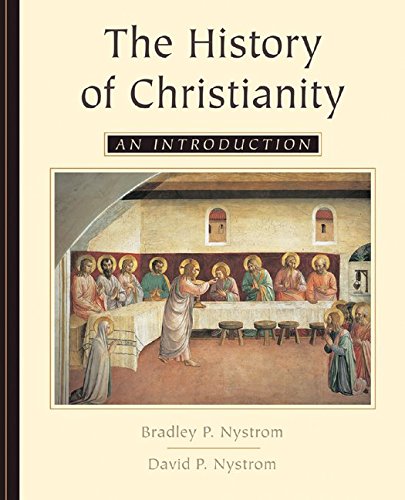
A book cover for The History of Christianity: An Introduction; Bradley Nystrom; Christian Books & Bibles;